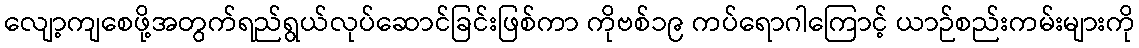
လျော့ကျစေဖို့အတွက်ရည်ရွယ်လုပ်ဆောင်ခြင်းဖြစ်ကာ ကိုဗစ်၁၉ ကပ်ရောဂါကြောင့် ယာဉ်စည်းကမ်းများကို